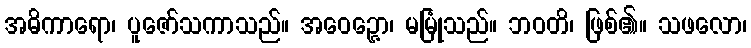
အဓိကာရော၊ ပူဇော်သကာသည်။ အဝေဉ္ဇော၊ မမြုံသည်။ ဘဝတိ၊ ဖြစ်၏။ သဖလော၊